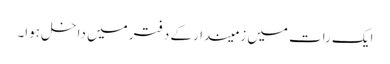
ایک رات میں زمیندارکے دفتر میں داخل ہوا۔